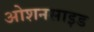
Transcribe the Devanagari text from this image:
ओशनसाइड